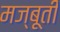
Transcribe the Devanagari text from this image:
मज्बूती